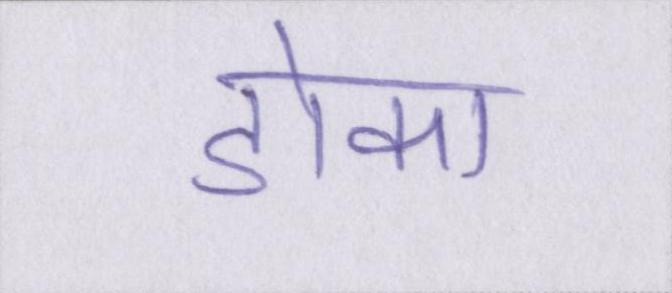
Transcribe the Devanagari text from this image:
डोका